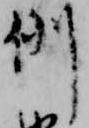
例